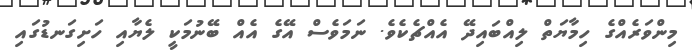
މިންވަރެއްގެ ހިމާޔަތް ލިއްބައިދޭ އެއްޗެކެވެ. ނަމަވެސް އޭގެ އެއް ބޭނުމަކީ ލެޔާއި ހަށިގަނޑުގައި